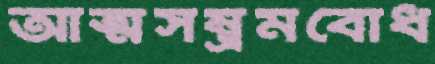
আত্মসম্ভ্রমবোধ